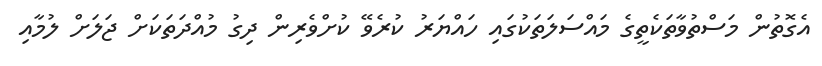
އެގޮތުން މަސްތުވާތަކެތީގެ މައްސަލަތަކުގައި ހައްޔަރު ކުރެވޭ ކުށްވެރިން ދިގު މުއްދަތަކަށް ޖަލަށް ލުމާއި